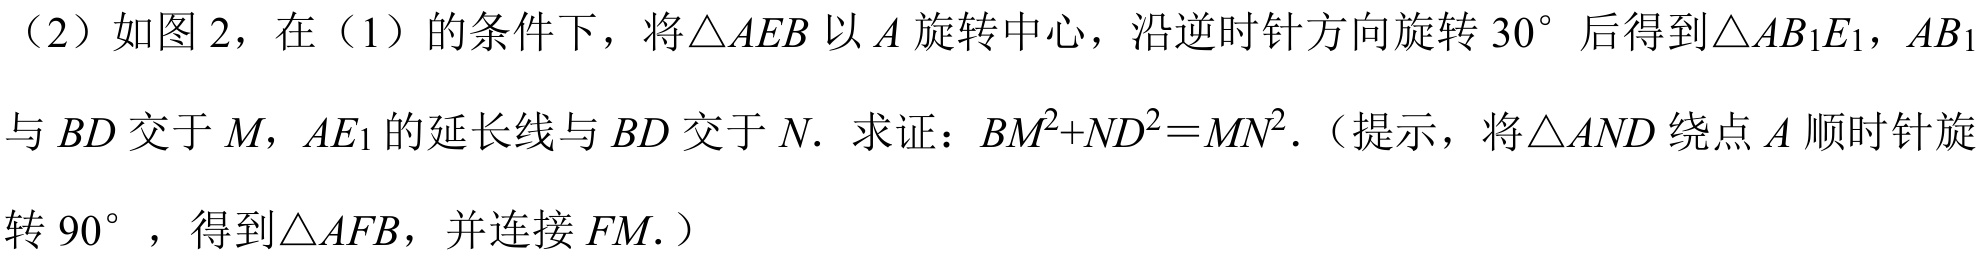
(2) 如图2，在(1)的条件下，将\(\triangle AEB\)以\(A\)旋转中心，沿逆时针方向旋转\(30^{\circ}\)后得到\(\triangle AB_{1}E_{1}\)，\(AB_{1}\)与\(BD\)交于\(M\)，\(AE_{1}\)的延长线与\(BD\)交于\(N\). 求证：\(BM^{2}+ND^{2}=MN^{2}\).（提示，将\(\triangle AND\)绕点\(A\)顺时针旋转\(90^{\circ}\)，得到\(\triangle AFB\)，并连接\(FM.\)）